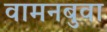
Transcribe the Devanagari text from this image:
वामनबुवा